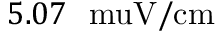
5 . 0 7 \ \mathrm { \ m u V / c m }